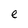
Character: e